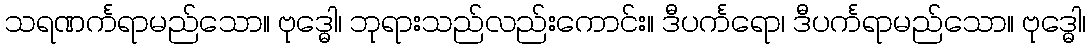
သရဏင်္ကရာမည်သော။ ဗုဒ္ဓေါ၊ ဘုရားသည်လည်းကောင်း။ ဒီပင်္ကရော၊ ဒီပင်္ကရာမည်သော။ ဗုဒ္ဓေါ၊